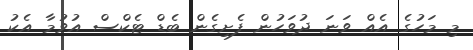
މި މަހުގެ އެއް ވަނަ ދުވަހުން ފެށިގެން ބެޑް ޓެކްސް އުވުމާ އެކު